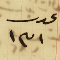
عدد ١٣١